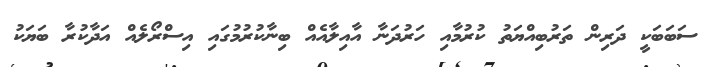
ސަބަބަކީ ދަރިން ތަރުބިއްޔަތު ކުރުމާއި ހަރުދަނާ އާއިލާއެއް ބިނާކުރުމުގައި އިސްރޯލެއް އަދާކުރާ ބަޔަކު